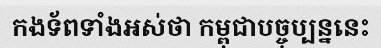
កងទ័ពទាំងអស់ថា កម្ពុជាបច្ចុប្បន្ននេះ